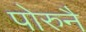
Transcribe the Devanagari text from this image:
पोरुनै